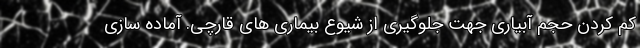
کم کردن حجم آبیاری جهت جلوگیری از شیوع بیماری های قارچی. آماده سازی